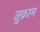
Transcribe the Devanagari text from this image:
ज़ुक़ाम